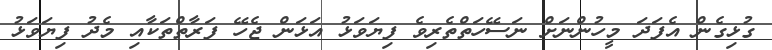
ގުޅިގެން އެފަދަ މީހުންނަށް ނަސޭހަތްތެރިވެ ފިޔަވަޅު އަޅަން ޖެހޭ ފަރާތްތަކާއި މެދު ފިޔަވަޅު